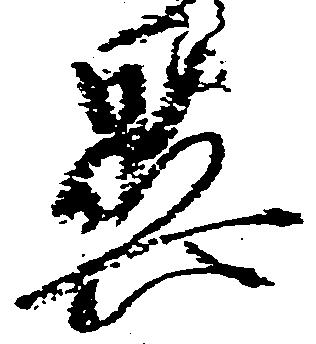
異